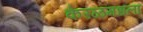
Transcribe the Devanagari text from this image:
केरळमधला